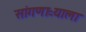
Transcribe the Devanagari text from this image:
सांगणाऱ्याला